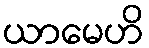
ယာမေဟိ